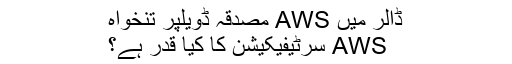
ڈالر میں AWS مصدقہ ڈویلپر تنخواہ
AWS سرٹیفیکیشن کا کیا قدر ہے؟